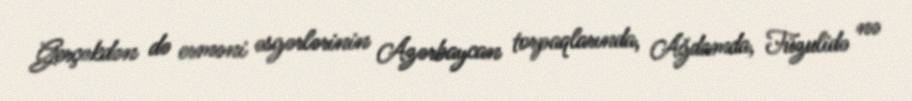
Gerçəkdən də erməni əsgərlərinin Azərbaycan torpaqlarında, Ağdamda, Füzulidə nə